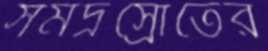
সমদ্রস্রোতের